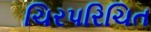
ચિરપરિચિત